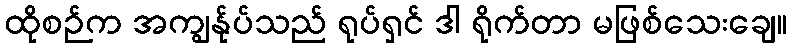
ထိုစဉ်က အကျွန်ုပ်သည် ရုပ်ရှင် ဒါ ရိုက်တာ မဖြစ်သေးချေ။